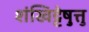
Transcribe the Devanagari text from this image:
शंखिट्टेषु़त्तु